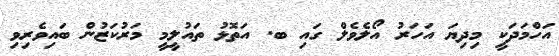
އަހްމަދަކީ މިދިޔަ އަހަރު އޯލެވެލް ގައި ބ. އަތޮޅު ތައުލީމީ މަރުކަޒުން ބައިވެރިވި